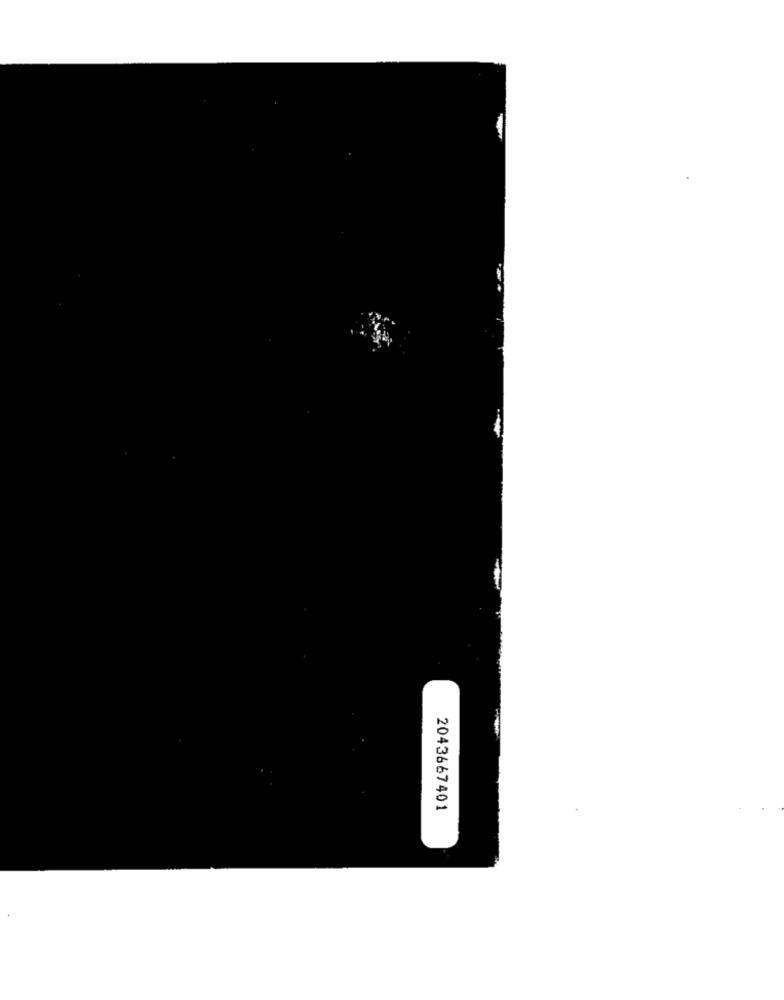
2043667401